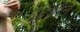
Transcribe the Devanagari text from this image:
दिंडीने